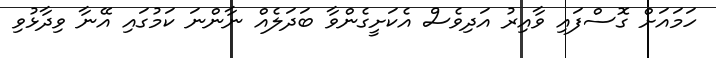
ހަމައަށް ގޮސްފައި ވާއިރު އަދިވެސް އެކަށީގެންވާ ބަދަލެއް ނާންނަ ކަމުގައި އޭނާ ވިދާޅުވި